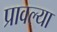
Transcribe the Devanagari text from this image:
प्रावल्या